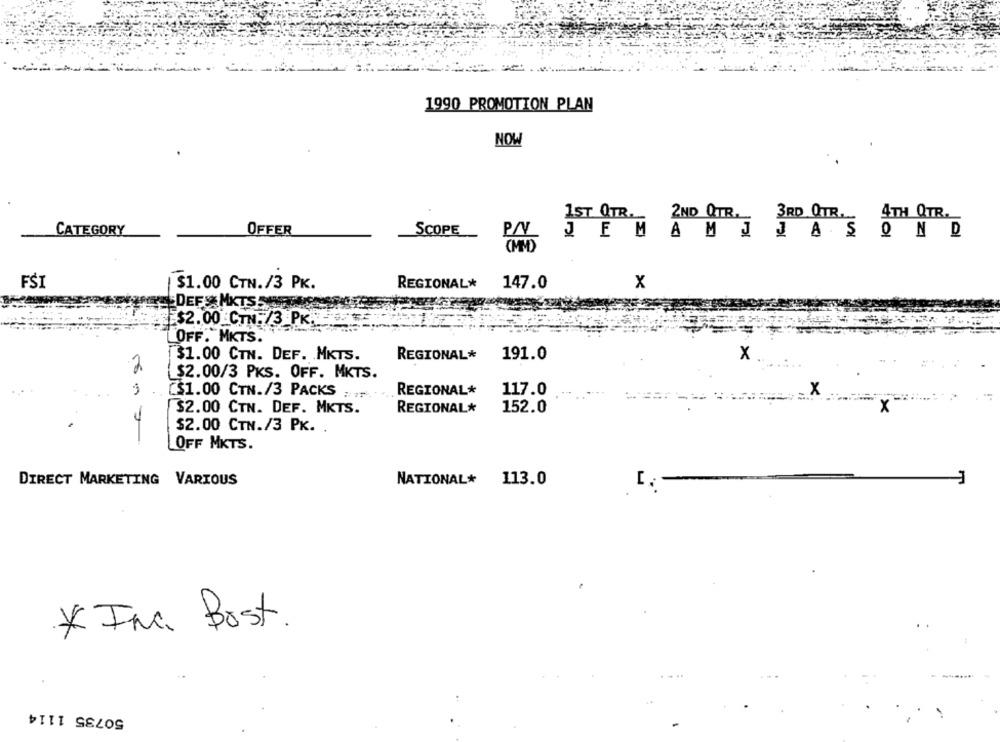
1990 PROMOTION PLAN
NOW
1ST QTR ._ 2ND QTR. 3RD QTTR ...
4TH QTR.
CATEGORY
OFFER
SCOPE
JEMAMJJASOND
(MMD)
X
FSI
$1.00 CTN./3 PK.
REGIONAL* 147.0
DEF & MKTS
$2.00 CTN. /3 PK. - 4.
OFF."MKTS.
31.00 CTN. DEF. MKTS.
REGIONAL* 191.0
x
2
$2.00/3 PKS. OFF. MKTS.
REGIONAL*
117.0
[$1.00 CTN./3 PACKS ; ..
x
32.00 CTN. DEF. MKTS.
REGIONAL*
152.0
$2.00 CTN./3 PK. .
LOFF MKTS.
DIRECT MARKETING VARIOUS
NATIONAL* 113.0
* ING. Bost.
50735 1114